Report on horse surra - Volume II, Part I
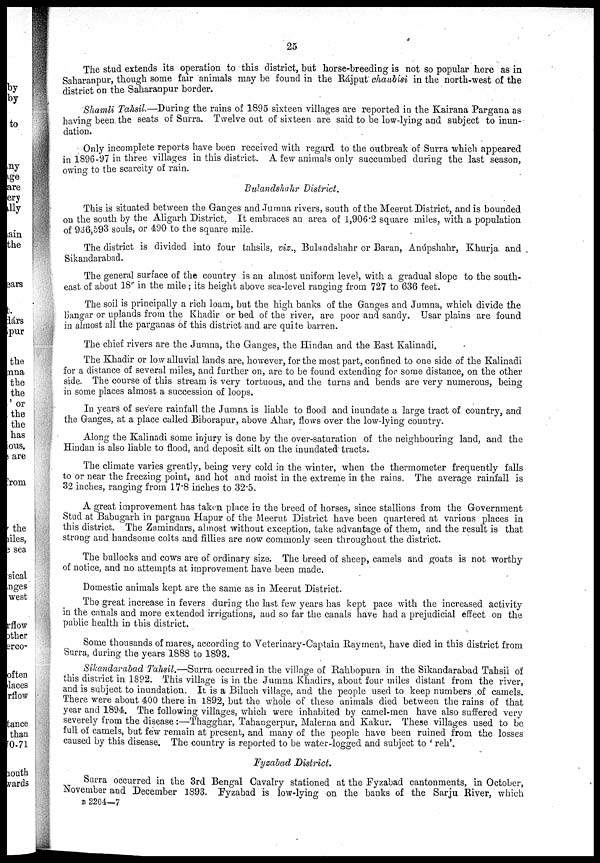
25
The stud extends its operation to this district, but horse-breeding is not so popular here as in
Saharanpur, though some fair animals may be found in the Rájput chaubisi in the north-west of the
district on the Saharanpur border.
Shamli Tahsil.—During the rains of 1895 sixteen villages are reported in the Kairana Pargana as
having been the seats of Surra. Twelve out of sixteen are said to be low-lying and subject to inun-
dation.
Only incomplete reports have been received with regard to the outbreak of Surra which appeared
in 1896-97 in three villages in this district. A few animals only succumbed during the last season,
owing to the scarcity of rain.
Bulandshahr District.
This is situated between the Ganges and Jumna rivers, south of the Meerut District, and is bounded
on the south by the Aligarh District. It embraces an area of 1,906.2 square miles, with a population
of 936,593 souls, or 490 to the square mile.
The district is divided into four tahsils, viz., Bulandshahr or Baran, Anúpshahr, Khurja. and
Sikandarabad.
The general surface of the country is an almost uniform level, with a gradual slope to the south-
east of about 18" in the mile; its height above sea-level ranging from 727 to 636 feet.
The soil is principally a rich loam, but the high banks of the Ganges and Jumna, which divide the
bangar or uplands from the Khadir or bed of the river, are poor and sandy. Usar plains are found
in almost all the parganas of this district and are quite barren.
The chief rivers are the Jumna, the Ganges, the Hindan and the East Kalinadi.
The Khadir or low alluvial lands are, however, for the most part, confined to one side of the Kalinadi
for a distance of several miles, and further on, are to be found extending for some distance, on the other
side. The course of this stream is very tortuous, and the turns and bends are very numerous, being
in some places almost a succession of loops.
In years of severe rainfall the Jumna is liable to flood and inundate a large tract of country, and
the Ganges, at a place called Biborapur, above Ahar, flows over the low-lying country.
Along the Kalinadi some injury is done by the over-saturation of the neighbouring land, and the
Hindan is also liable to flood, and deposit silt on the inundated tracts.
The climate varies greatly, being very cold in the winter, when the thermometer frequently falls
to or near the freezing point, and hot and moist in the extreme in the rains. The average rainfall is
32 inches, ranging from 17.8 inches to 32.5.
A great improvement has taken place in the breed of horses, since stallions from the Government
Stud at Babugarh in pargana Hapur of the Meerut District have been quartered at various places in
this district. The Zamindars, almost without exception, take advantage of them, and the result is that
strong and handsome colts and fillies are now commonly seen throughout the district.
The bullocks and cows are of ordinary size. The breed of sheep, camels and goats is not worthy
of notice, and no attempts at improvement have been made.
Domestic animals kept are the same as in Meerut District.
The great increase in fevers during the last few years has kept pace with the increased activity
in the canals and more extended irrigations, and so far the canals have had a prejudicial effect on the
public health in this district.
Some thousands of mares, according to Veterinary-Captain Rayment, have died in this district from
Surra, during the years 1888 to 1893.
Sikandarabad Tahsil.—Surra occurred in the village of Rahbopura in the Sikandarabad Tahsil of
this district in 1892. This village is in the Jumna Khadirs, about four miles distant from the river,
and is subject to inundation. It is a Biluch village, and the people used to keep numbers of camels.
There were about 400 there in 1892, but the whole of these animals died between the rains of that
year and 1894. The following villages, which were inhabited by camel-men have also suffered very
severely from the disease :—Thagghar, Tahangerpur, Malerna and Kakur. These villages used to be
full of camels, but few remain at present, and many of the people have been ruined from the losses
caused by this disease. The country is reported to be water-logged and subject to ' reh'.
Fyzabad District.
Surra occurred in the 3rd Bengal Cavalry stationed at the Fyzabad cantonments, in October,
November and December 1893. Fyzabad is low-lying on the banks of the Sarju River, which
B 2204—7